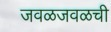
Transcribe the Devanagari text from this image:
जवळजवळची